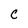
Character: C